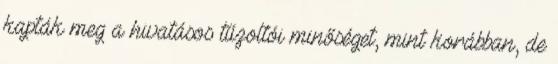
kapták meg a hivatásos tűzoltói minőséget, mint korábban, de